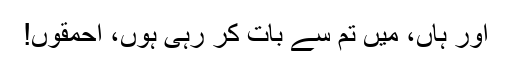
اور ہاں، میں تم سے بات کر رہی ہوں، احمقوں!